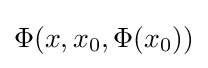
{\textstyle \Phi (x,x_{0},\Phi (x_{0}))}